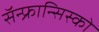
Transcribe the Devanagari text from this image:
सॅन्‍फ्रान्सिस्को